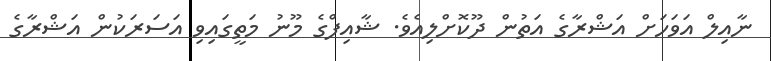
ނާއިލް އަވަހަށް އަޝްރާގެ އަތުން ދޫކޮށްލިއެވެ. ޝާއިފްގެ މޫނު މަތީގައިވި އަސަރަކުން އަޝްރާގެ